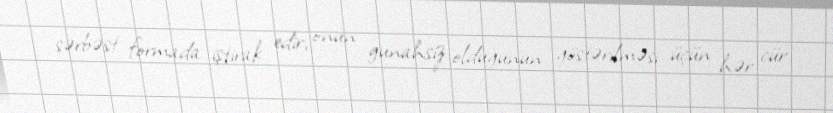
sərbəst formada iştirak edir, onun gunahsiz olduğunun göstərilməsi üçün hər cür